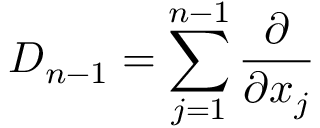
D _ { n - 1 } = \sum _ { j = 1 } ^ { n - 1 } { \frac { \partial } { \partial x _ { j } } }